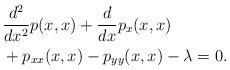
LaTeX: \begin{align*}&\frac{d^2}{dx^2}p(x,x)+\frac{d}{dx}p_x(x,x)\\&+p_{xx}(x,x)-p_{yy}(x,x)-\lambda=0.\end{align*}